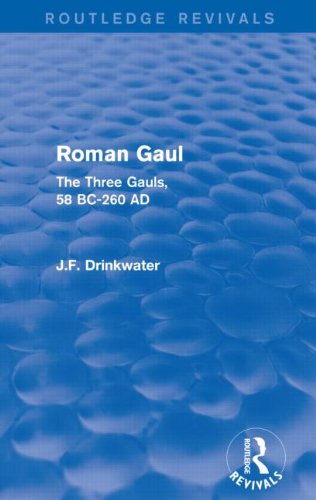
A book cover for Roman Gaul (Routledge Revivals): The Three Provinces, 58 BC-AD 260; John Drinkwater; History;